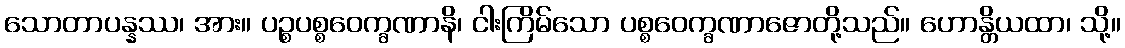
သောတာပန္နဿ၊ အား။ ပဉ္စပစ္စဝေက္ခဏာနိ၊ ငါးကြိမ်သော ပစ္စဝေက္ခဏာဇောတို့သည်။ ဟောန္တိယထာ၊ သို့။